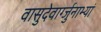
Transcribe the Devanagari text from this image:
वासुदेवार्ग्जुनाभ्यां